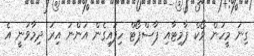
ގިނަ މީހުން ވޯކް ޕާމިޓާއި ޕާސްޕޯޓް ހިފައިގެން އަންނަ އިރު ދިމާވަނީ އެ